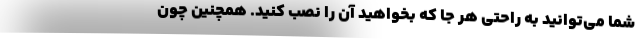
شما می‌توانید به راحتی هر جا که بخواهید آن را نصب کنید. همچنین چون